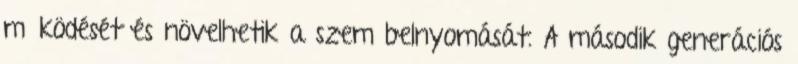
működését és növelhetik a szem belnyomását. A második generációs